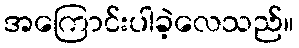
အကြောင်းပါခဲ့လေသည်။